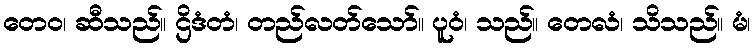
တေဝ၊ ဆီသည်။ ဌိဒံတံ၊ တည်လတ်သော်။ ပူဝံ၊ သည်။ တေလံ၊ သိသည်။ မံ၊